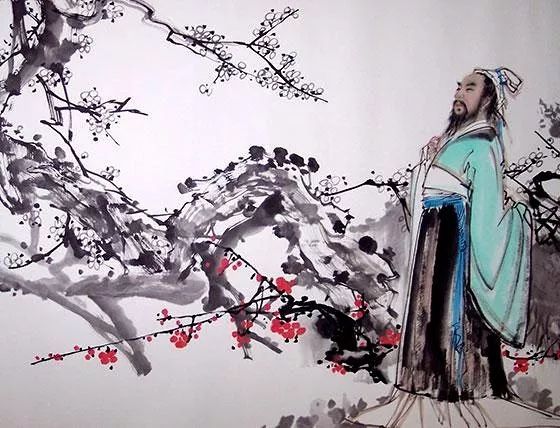
满地芦花和我老，旧家燕子傍谁飞？